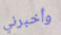
وأخبرني